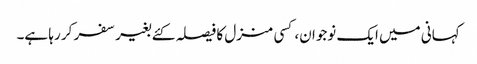
کہانی میں ایک نوجوان، کسی منزل کا فیصلہ کئے بغیر سفر کر رہا ہے۔